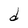
Character: d